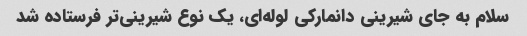
سلام به جای شیرینی دانمارکی لوله‌ای، یک نوع شیرینی‌تر فرستاده شد